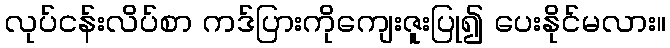
လုပ်ငန်းလိပ်စာ ကဒ်ပြားကိုကျေးဇူးပြု၍ ပေးနိုင်မလား။